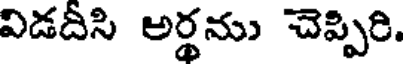
విడదీసి అర్థను చెప్పిరి.